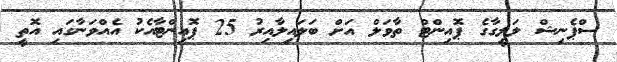
ސްޕެނިޝް ލަލީގާގެ ޕޮއިންޓް ތާވަލް އަށް ބަލައިލާއިރު 25 ޕޮއިންޓާއެކު އެއްވަނާގައި އޮތީ